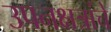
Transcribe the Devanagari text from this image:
उपनक्षत्रांचे